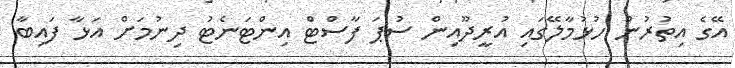
އޭގެ އިތުރުން ހުޅުމާލޭގައި އުރީދޫއިން ސުޕަ ފާސްޓް އިންޓަނެޓު ދިނުމަށް އަޅާ ފައިބާ